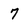
Character: 7